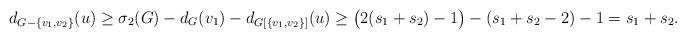
LaTeX: \begin{align*}d_{G - \{v_{1}, v_{2}\}}(u) \ge \sigma_{2}(G) - d_{G}(v_{1}) - d_{G[\{v_{1}, v_{2}\}]}(u) \ge \big( 2(s_{1} + s_{2}) - 1\big) - (s_{1} + s_{2} - 2) - 1 = s_{1} + s_{2}. \end{align*}